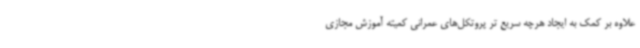
علاوه بر کمک به ایجاد هرچه سریع تر پروتکل‌های عمرانی کمیته آموزش مجازی